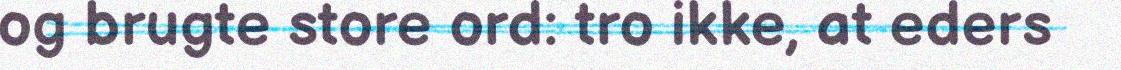
og brugte store ord: tro ikke, at eders